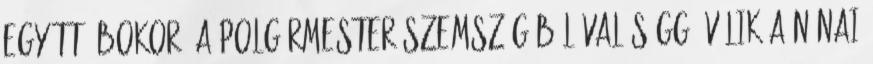
együtt -bokor- A POLGÁRMESTER SZEMSZÖGÉBŐL Valósággá válik a Nánai